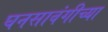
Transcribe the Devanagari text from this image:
घनसावंगीच्या